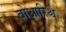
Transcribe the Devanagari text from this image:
बोआरिश्व